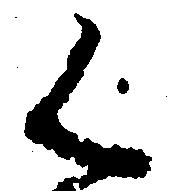
く